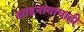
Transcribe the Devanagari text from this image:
आडनावाचाही